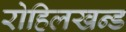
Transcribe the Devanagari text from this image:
रोहिलखन्ड